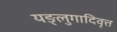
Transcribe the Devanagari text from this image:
यङ्लुगादिवृत्त